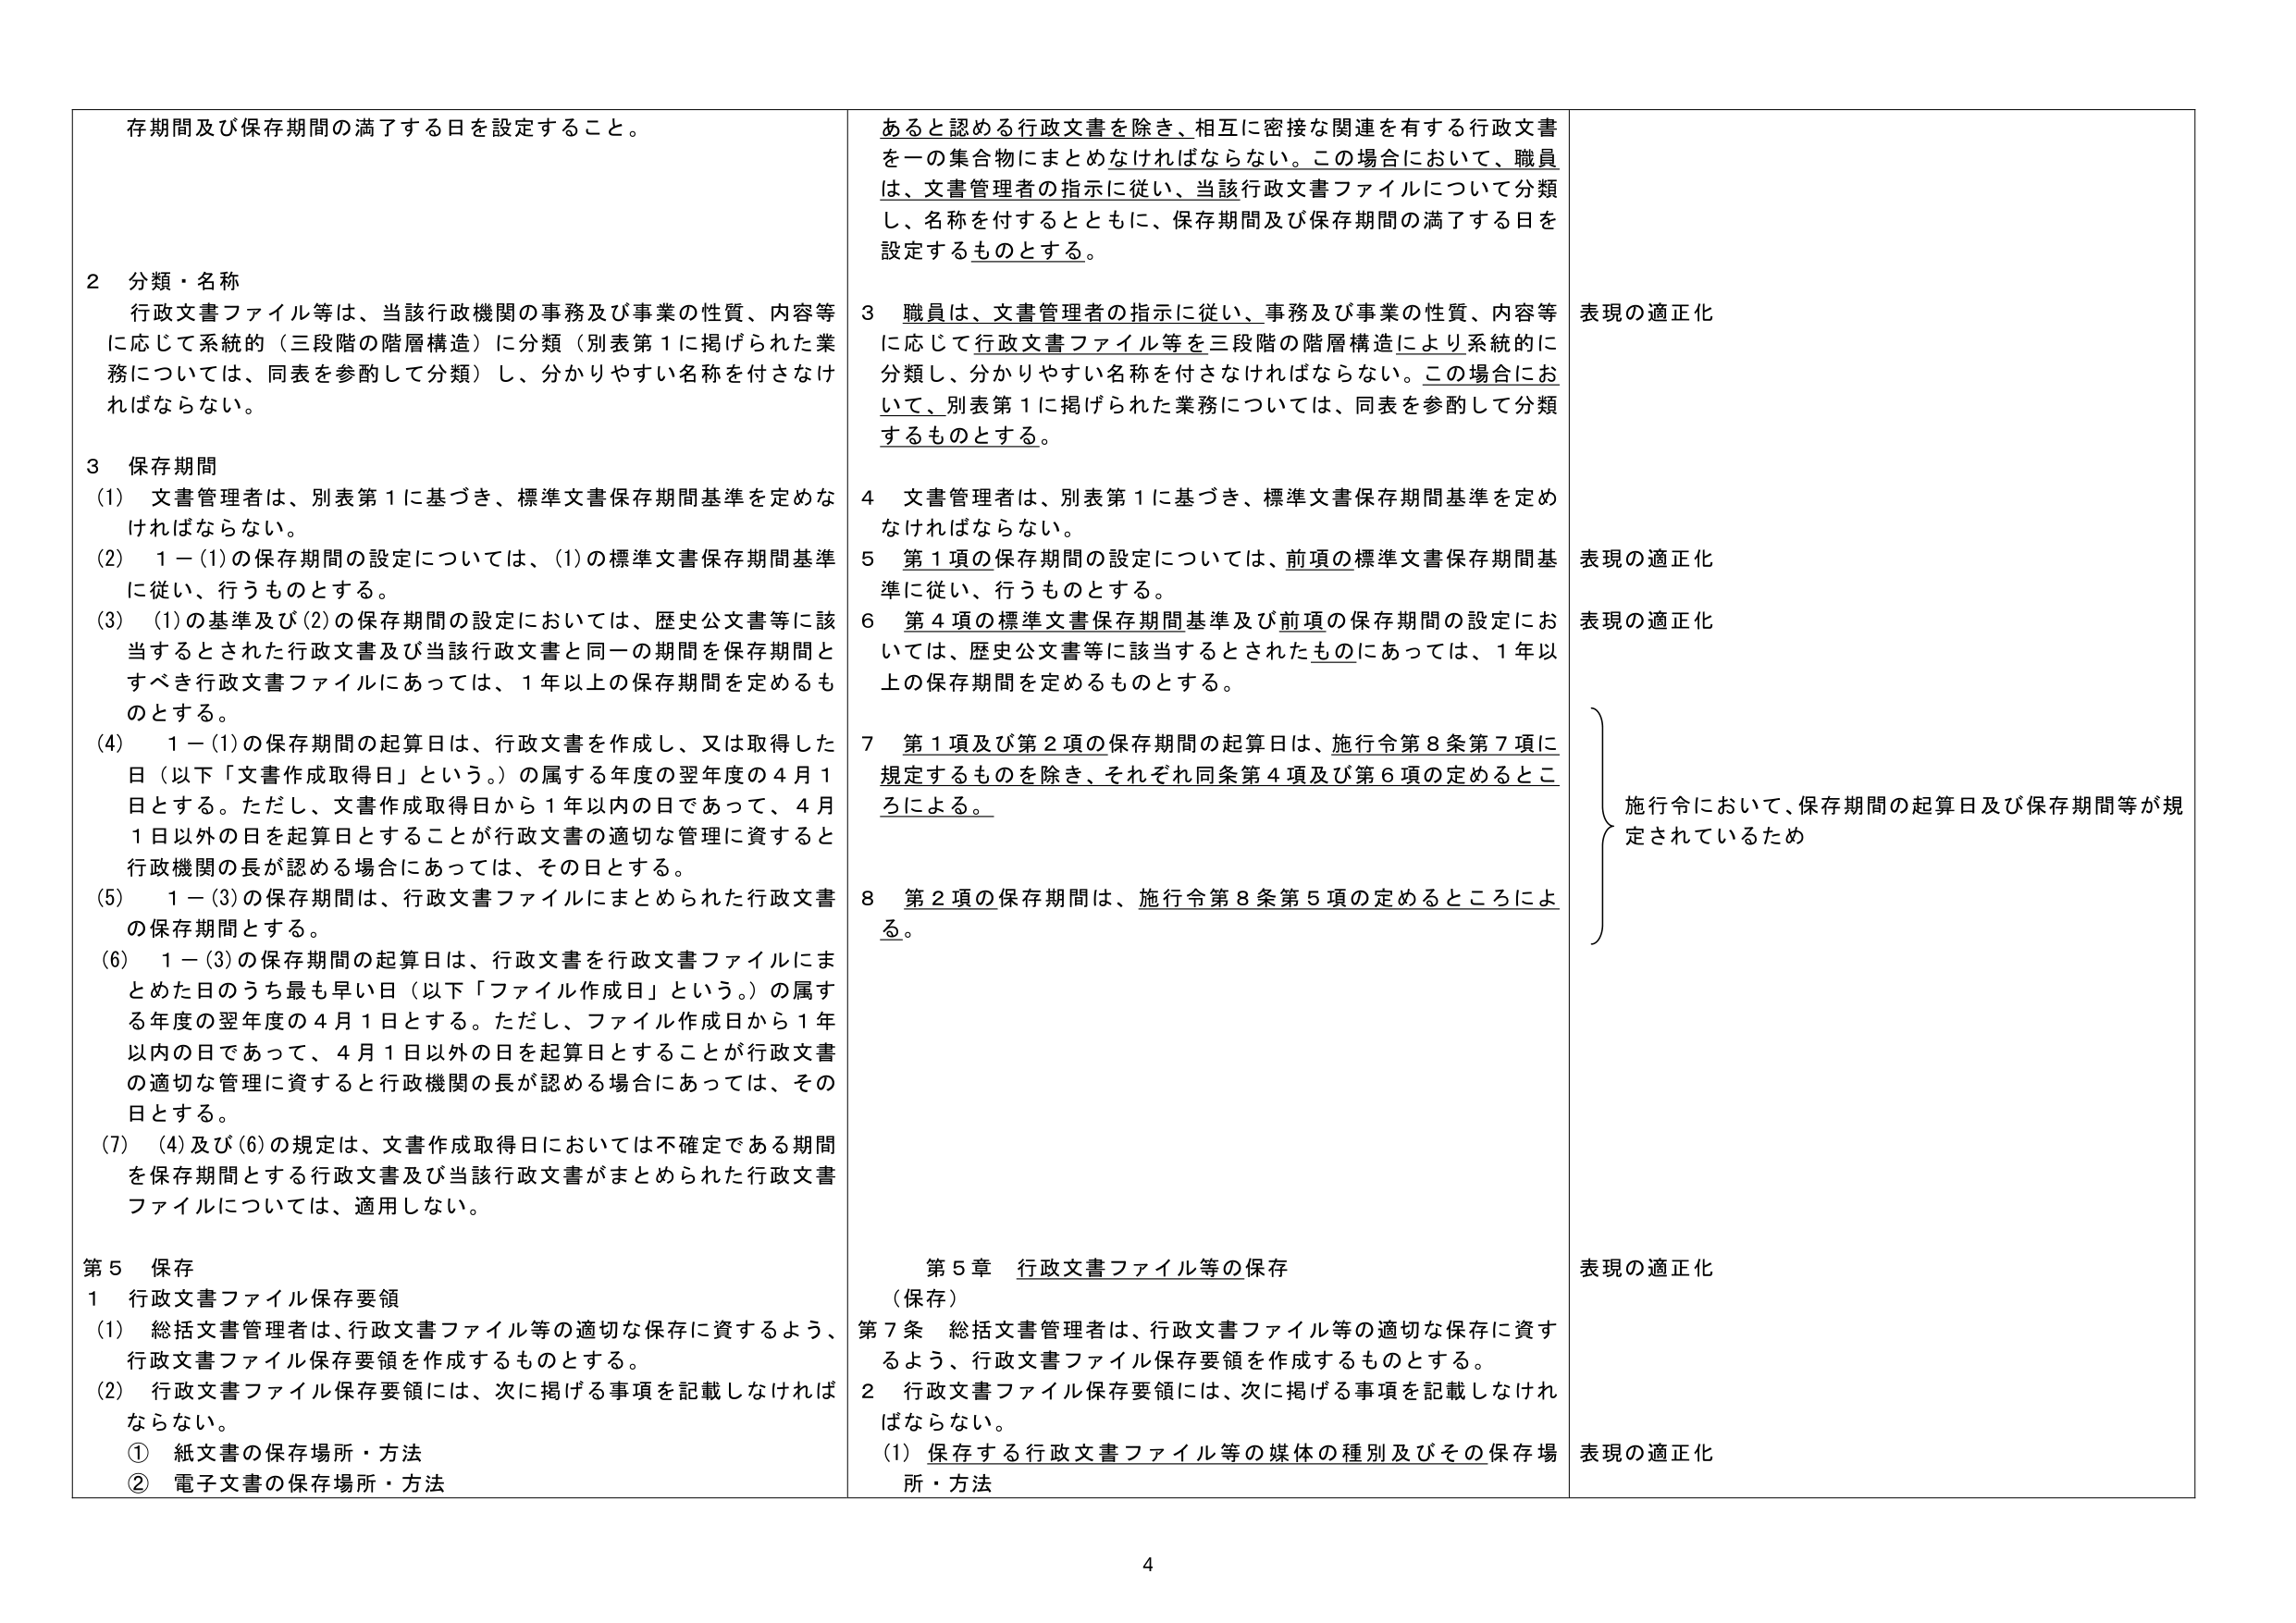
存期間及び保存期間の満了する日を設定すること。

2 分類・名称
行政文書ファイル等は、当該行政機関の事務及び事業の性質、内容等に応じて系統的（三段階の階層構造）に分類（別表第1に掲げられた業務については、同表を参酌して分類）し、分かりやすい名称を付さなければならない。

3 保存期間
(1) 文書管理者は、別表第1に基づき、標準文書保存期間基準を定めなければならない。
(2) 1－(1)の保存期間の設定については、(1)の標準文書保存期間基準に従い、行うものとする。
(3) (1)の基準及び(2)の保存期間の設定においては、歴史公文書等に該当するとされた行政文書及び当該行政文書と同一の期間を保存期間とすべき行政文書ファイルにあっては、1年以上の保存期間を定めるものとする。
(4) 1－(1)の保存期間の起算日は、行政文書を作成し、又は取得した日（以下「文書作成取得日」という。）の属する年度の翌年度の4月1日とする。ただし、文書作成取得日から1年以内の日であって、4月1日以外の日を起算日とすることが行政文書の適切な管理に資すると行政機関の長が認める場合にあっては、その日とする。
(5) 1－(3)の保存期間は、行政文書ファイルにまとめられた行政文書の保存期間とする。
(6) 1－(3)の保存期間の起算日は、行政文書を行政文書ファイルにまとめた日のうち最も早い日（以下「ファイル作成日」という。）の属する年度の翌年度の4月1日とする。ただし、ファイル作成日から1年以内の日であって、4月1日以外の日を起算日とすることが行政文書の適切な管理に資すると行政機関の長が認める場合にあっては、その日とする。
(7) (4)及び(6)の規定は、文書作成取得日においては不確定である期間を保存期間とする行政文書及び当該行政文書がまとめられた行政文書ファイルについては、適用しない。

第5 保存
1 行政文書ファイル保存要領
(1) 総括文書管理者は、行政文書ファイル等の適切な保存に資するよう、行政文書ファイル保存要領を作成するものとする。
(2) 行政文書ファイル保存要領には、次に掲げる事項を記載しなければならない。
① 紙文書の保存場所・方法
② 電子文書の保存場所・方法

あると認める行政文書を除き、相互に密接な関連を有する行政文書を一の集合物にまとめなければならない。この場合において、職員は、文書管理者の指示に従い、当該行政文書ファイルについて分類し、名称を付するとともに、保存期間及び保存期間の満了する日を設定するものとする。

3 職員は、文書管理者の指示に従い、事務及び事業の性質、内容等に応じて行政文書ファイル等を三段階の階層構造により系統的に分類し、分かりやすい名称を付さなければならない。この場合において、別表第1に掲げられた業務については、同表を参酌して分類するものとする。

4 文書管理者は、別表第1に基づき、標準文書保存期間基準を定めなければならない。
5 第1項の保存期間の設定については、前項の標準文書保存期間基準に従い、行うものとする。
6 第4項の標準文書保存期間基準及び前項の保存期間の設定においては、歴史公文書等に該当するとされたものにあっては、1年以上の保存期間を定めるものとする。
7 第1項及び第2項の保存期間の起算日は、施行令第8条第7項に規定するものを除き、それぞれ同条第4項及び第6項の定めるところによる。
8 第2項の保存期間は、施行令第8条第5項の定めるところによる。

第5章 行政文書ファイル等の保存
（保存）
第7条 総括文書管理者は、行政文書ファイル等の適切な保存に資するよう、行政文書ファイル保存要領を作成するものとする。
2 行政文書ファイル保存要領には、次に掲げる事項を記載しなければならない。
(1) 保存する行政文書ファイル等の媒体の種別及びその保存場所・方法

表現の適正化
表現の適正化
表現の適正化
施行令において、保存期間の起算日及び保存期間等が規定されているため
表現の適正化
表現の適正化

4